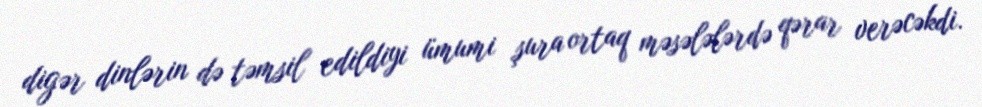
digər dinlərin də təmsil edildiyi ümumi şura ortaq məsələlərdə qərar verəcəkdi.